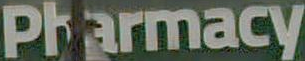
Pharmacy